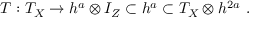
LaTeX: T : T _ { X } \to h ^ { a } \otimes I _ { Z } \subset h ^ { a } \subset T _ { X } \otimes h ^ { 2 a } \ .